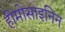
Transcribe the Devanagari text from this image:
हीमोसाइनिन